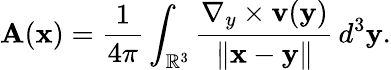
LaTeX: \mathbf{A}(\mathbf{x})={\frac{1}{4\pi}}\int_{\mathbb{R}^{3}}{\frac{\nabla_{y}\times\mathbf{v}(\mathbf{y})}{\left\| \mathbf{x}-\mathbf{y}\right\| }}\, d^{3}\mathbf{y}.